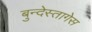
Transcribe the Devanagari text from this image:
बुन्देस्तागेस